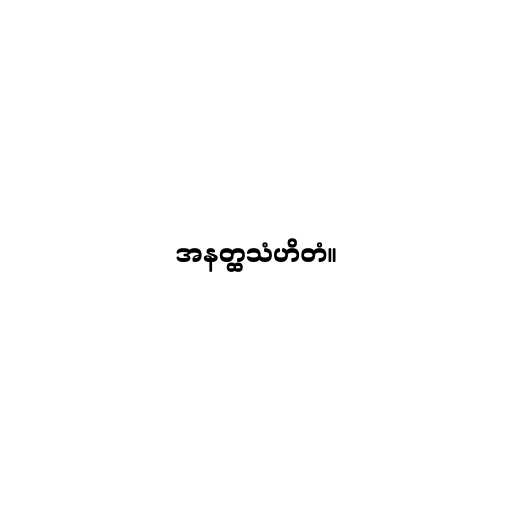
အနတ္ထသံဟိတံ။